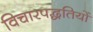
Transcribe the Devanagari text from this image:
विचारपद्धतियों